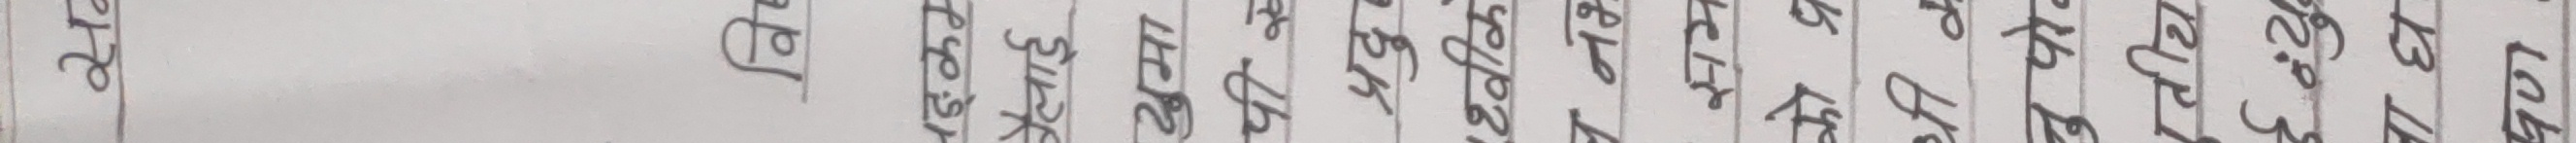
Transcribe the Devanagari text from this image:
सब
विष्
नङ्‌कम
वैलाई
युमा
पी रू
प्रदु
थ्वीक
प्र नभ
सम
को प्र
थी क
जु पोट
तीय
ર્ડન્યુ
बाघ
पण.